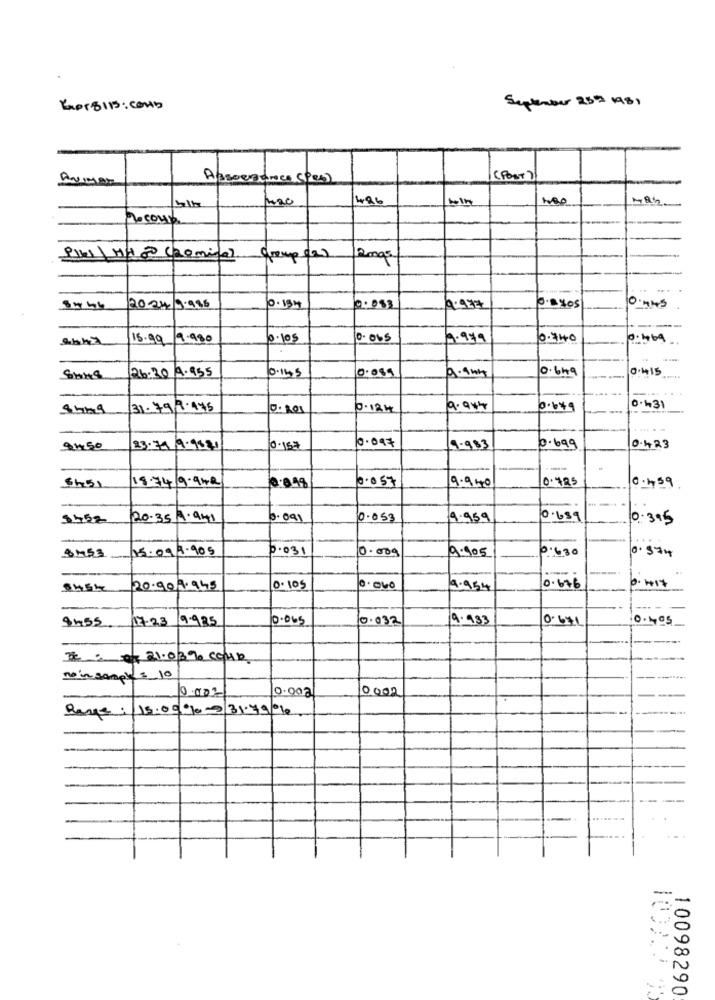
Energi15: comb
September 25# 148)
Azsoezance (Pes)
(POST)
496
Peçoun
Plkel\ My chemical group (2)
Rogs
8746
20-34 9.985
0.134
0.083
A.937
0.0405
0.44S
---
15.99 9.980
0.105
0 . Obs
6.949
10.740
26.30 A.955
0.145
0.649
0.415
9.9kg
31.79/2-175
D. 101
0.12H
0.649
0.431
0.047
2450
23.79/9.9821
0-15#
9.983
0.699
0.423
18.74/9-9we
0.057
0.725
0.459
5451
0.049
9.940
20.35 A.941
3.091
0.053
9.959
0.639
0-395
15.09/1.905
0.031
0.009
19.905
0.630
0.374
SM53
-
8454
20.90 7.945
0.105
10.000
4.954
0.676
0.417
--- -
8455
17-23 9-935
0.065
0.032
9.983
0.641
FC : of 21.039 Coup
no in sample = 10
0.003
0002
Range: 15.091-0/31.79 %
100220 93
10098290